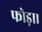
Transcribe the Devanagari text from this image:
फोड़ा।